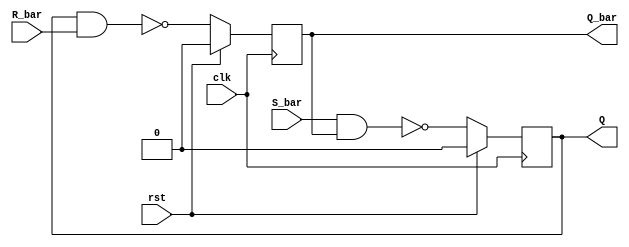
module sr_flipflop (
    input clk, 
    input rst,  
    input S_bar,
    input R_bar,
    output Q,
    output Q_bar
  );
  
  reg Q;
  reg Q_bar;
  
  always @(posedge clk) begin
    if (rst) begin
      Q <= 1'b0;
      Q_bar <= 1'b0;
    end else begin
      Q <= !(S_bar&Q_bar);
      Q_bar <= !(Q&R_bar);
    end
  end
endmodule